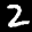
Label: 2